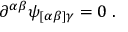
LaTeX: \partial ^ { \alpha \beta } \psi _ { [ \alpha \beta ] \gamma } = 0 \; .